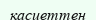
қасиеттен